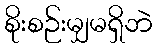
စိုးစဉ်းမျှမရှိဘဲ